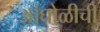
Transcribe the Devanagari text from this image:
आंघोळीची